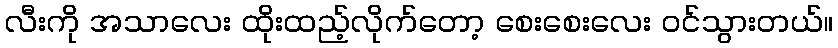
လီးကို အသာလေး ထိုးထည့်လိုက်တော့ စေးစေးလေး ဝင်သွားတယ်။